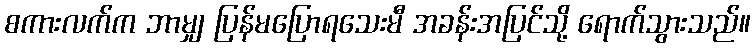
စကားလက်က ဘာမျှ ပြန်မပြောရသေးမီ အခန်းအပြင်သို့ ရောက်သွားသည်။